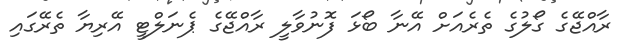
ރާއްޖޭގެ ގޯލުގެ ތެރެއަށް އޭނާ ބޯޅަ ފޮނުވާލީ ރާއްޖޭގެ ޕެނަލްޓީ އޭރިޔާ ތެރޭގައި